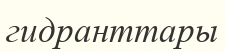
гидранттары